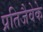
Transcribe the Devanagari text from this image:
प्रतिजैवेके